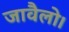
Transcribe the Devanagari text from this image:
जावैलो।